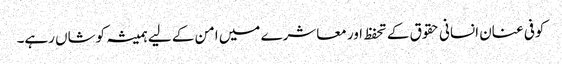
کوفی عنان انسانی حقوق کے تحفظ اور معاشرے میں امن کے لیے ہمیشہ کوشاں رہے۔